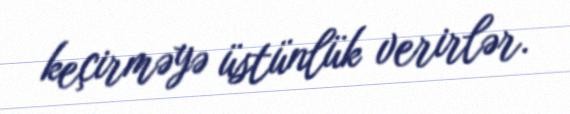
keçirməyə üstünlük verirlər.